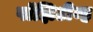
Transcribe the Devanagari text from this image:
पॉझिटीव्ह